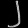
Digit: ၂